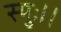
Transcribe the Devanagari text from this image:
स्युः।।